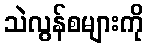
သဲလွန်စများကို